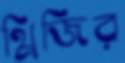
থ্রিজির